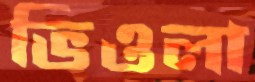
ভিওলা